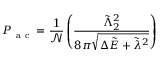
P _ { \mathrm { ~ a ~ c ~ } } = \frac { 1 } { \mathcal { N } } \left( \frac { \tilde { \Lambda } _ { 2 } ^ { 2 } } { 8 \pi \sqrt { \Delta \tilde { E } + \tilde { \lambda } ^ { 2 } } } \right)